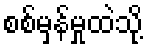
စစ်မှန်မှုထဲသို့